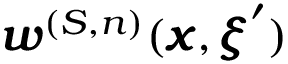
{ \pmb w } ^ { ( S , n ) } ( { \pmb x } , { \pmb \xi } ^ { \prime } )